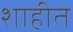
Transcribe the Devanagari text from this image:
शाहीत